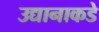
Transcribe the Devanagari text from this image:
उद्यानाकडे